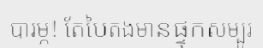
បារម្ភ! តែបៃតងមានផ្ទុកសម្បូរ